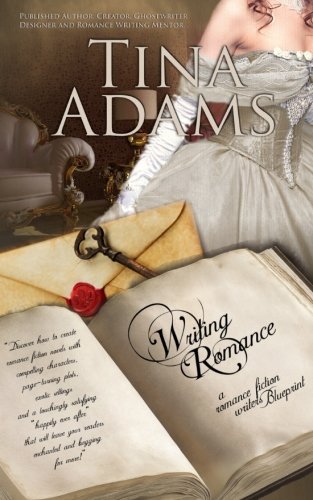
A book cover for Writing Romance: a Romance Fiction Writers Blueprint; Tina Adams; Romance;